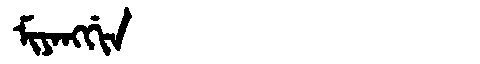
Manchu: ᠮᡳᠶᠠᠩᡤᡳᠨ
Romanization: MIYANGGIN